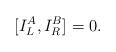
LaTeX: \begin{align*}\lbrack {I_L^A,I_R^B]}=0. \end{align*}